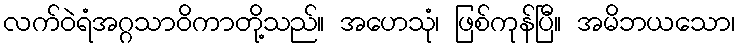
လက်ဝဲရံအဂ္ဂသာဝိကာတို့သည်။ အဟေသုံ၊ ဖြစ်ကုန်ပြီ။ အမိဘယသော၊